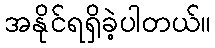
အနိုင်ရရှိခဲ့ပါတယ်။